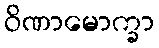
ဝိဏာမောက္ခာ